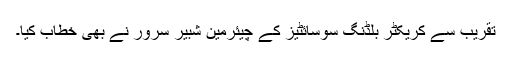
تقریب سے کریکٹر بلڈنگ سوسائٹیز کے چیئرمین شبیر سرور نے بھی خطاب کیا۔